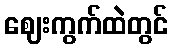
ဈေးကွက်ထဲတွင်